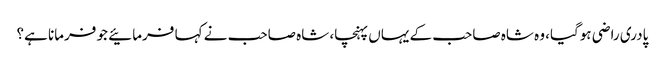
پادری راضی ہوگیا، وہ شاہ صاحب کے یہاں پہنچا، شاہ صاحب نے کہا فرمائیے جو فرمانا ہے؟